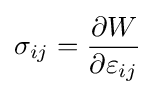
\sigma _{ij}={\frac {\partial W}{\partial \varepsilon _{ij}}}